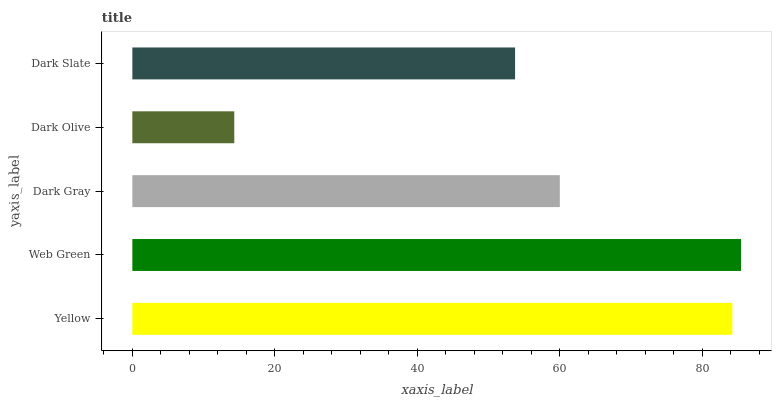
| yaxis_label | bars |
 | --- | --- |
 | Yellow | 84.2 |
 | Web Green | 85.4 |
 | Dark Gray | 60 |
 | Dark Olive | 14.3 |
 | Dark Slate | 53.7 |